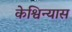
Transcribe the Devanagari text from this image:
केश्विन्यास